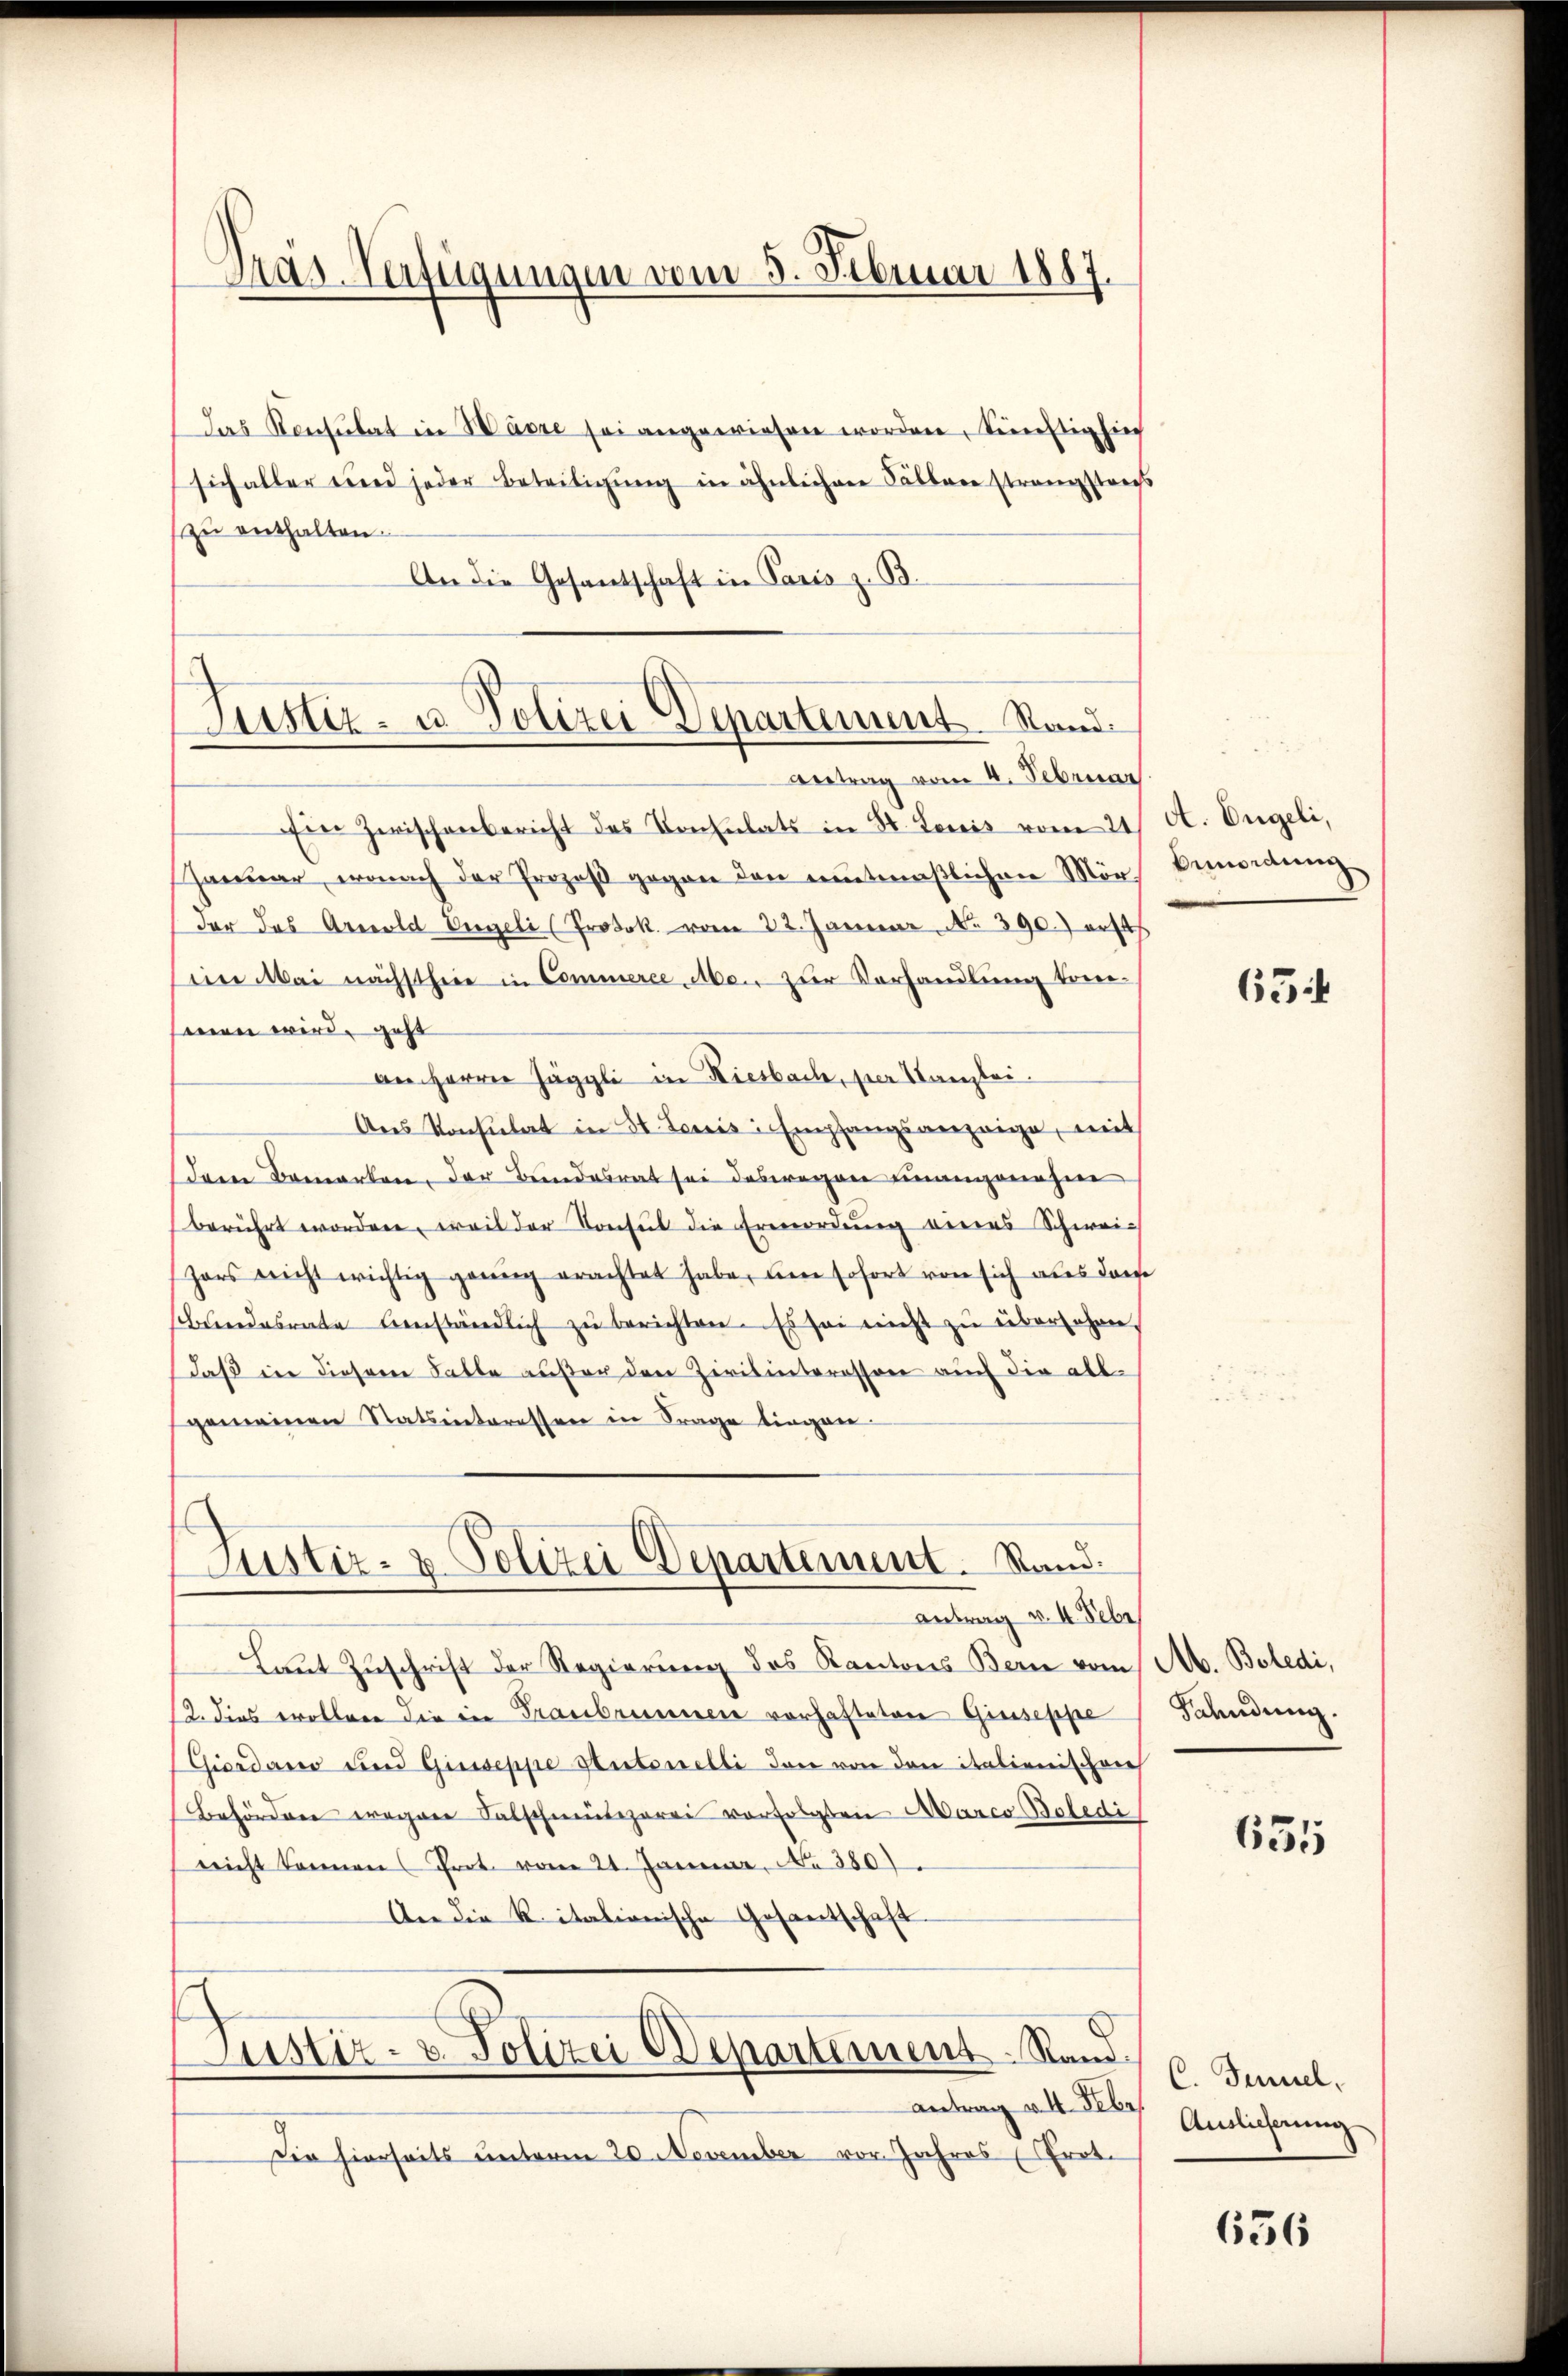
Präs-Verfügungen vom 5. Februar 1887.

Das Konsulat in Wasse sei angewiesen worden, künftighin
sich aller und jeder Beseitigung in ähnlicher Kälber strangstrags
zŭ enthalten.
An die Gesantschaft in Paris z. B.
Antrag vom 4. Februar
Eier Zwischenbericht des Konsulats in St. Louis vom 21
Januar, wonach der Prozeß gegen den mitmaßlichen Mör- Benordung
der das Areale Vergeli (Prook vom 22. Januar No. 390. erfa
ein Mai nächstheie in Commerce Abe.. zur Vorhandlung kon-
sinen wird, geht
an Herrn Jäggli in Kiesbach, per Kanzlei.
Ans Konsulat in St. Jenis: Empfangsanzeige, mit
dem Bemerken, der Bundesrat sei deswegen einangenehm
berührt worden, weil der Konsul die Ermordung eines Schweizars nicht wichtig genug erachtet habe, um sofort von sich aber dar
bundesrate bienständlich zu berichten. Es sei nicht zu übersehen,
daß in diesem Falle außer den Zivilinteressen auch die all-
gemeinen Statsinteressen in Frage liegen.

Justiz- u. Polizei Departement Rand

antrag v. 4. Febr.
Laut Zuschrift der Regierung des Kantons Bern vom Ab. Boledi,
2. dies erotten die in Traubrunnen vorhafteten Giuseppe
Gierdano und Giuseppe Autonelli den von den italienischen
Behörden wegen Salschmutzarri vorfolgten Marco Beledi
reicht kennen Grot vom 21. Januar, No 380.
An die Ritationische Gesantschaft

Justiz- & Polizei Departement. Stand:

Antrag v. 4. Febr.
Die hierseits unterm 20. November vor. Jahres (Prot.

Justiz- & Polizei Departement. Stand.

A. Engeli,

654

Fahndung.

635

C. Tumel,
Auslieferung

636